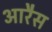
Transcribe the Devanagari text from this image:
आरैस